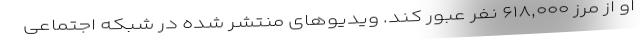
او از مرز ۶۱۸,۰۰۰ نفر عبور کند. ویدیوهای منتشر شده در شبکه اجتماعی